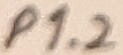
Text: P1.2